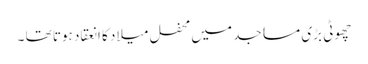
چھوٹی بڑی مساجد میں محفل میلاد کا انعقاد ہوتا تھا ۔